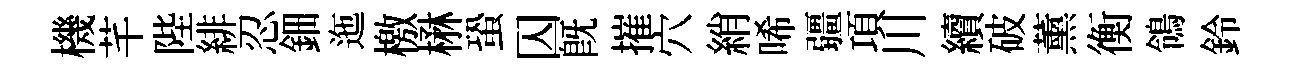
機芊陛緋忍鈿迤檄楙蛩囚旣摧穴綃唏疆項川續破薰衡鴒鈴